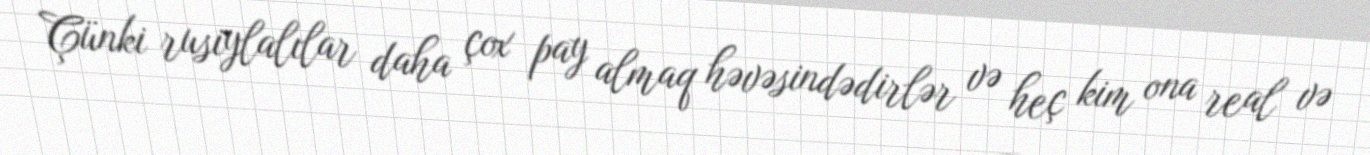
Çünki rusiylalılar daha çox pay almaq həvəsindədirlər və heç kim ona real və